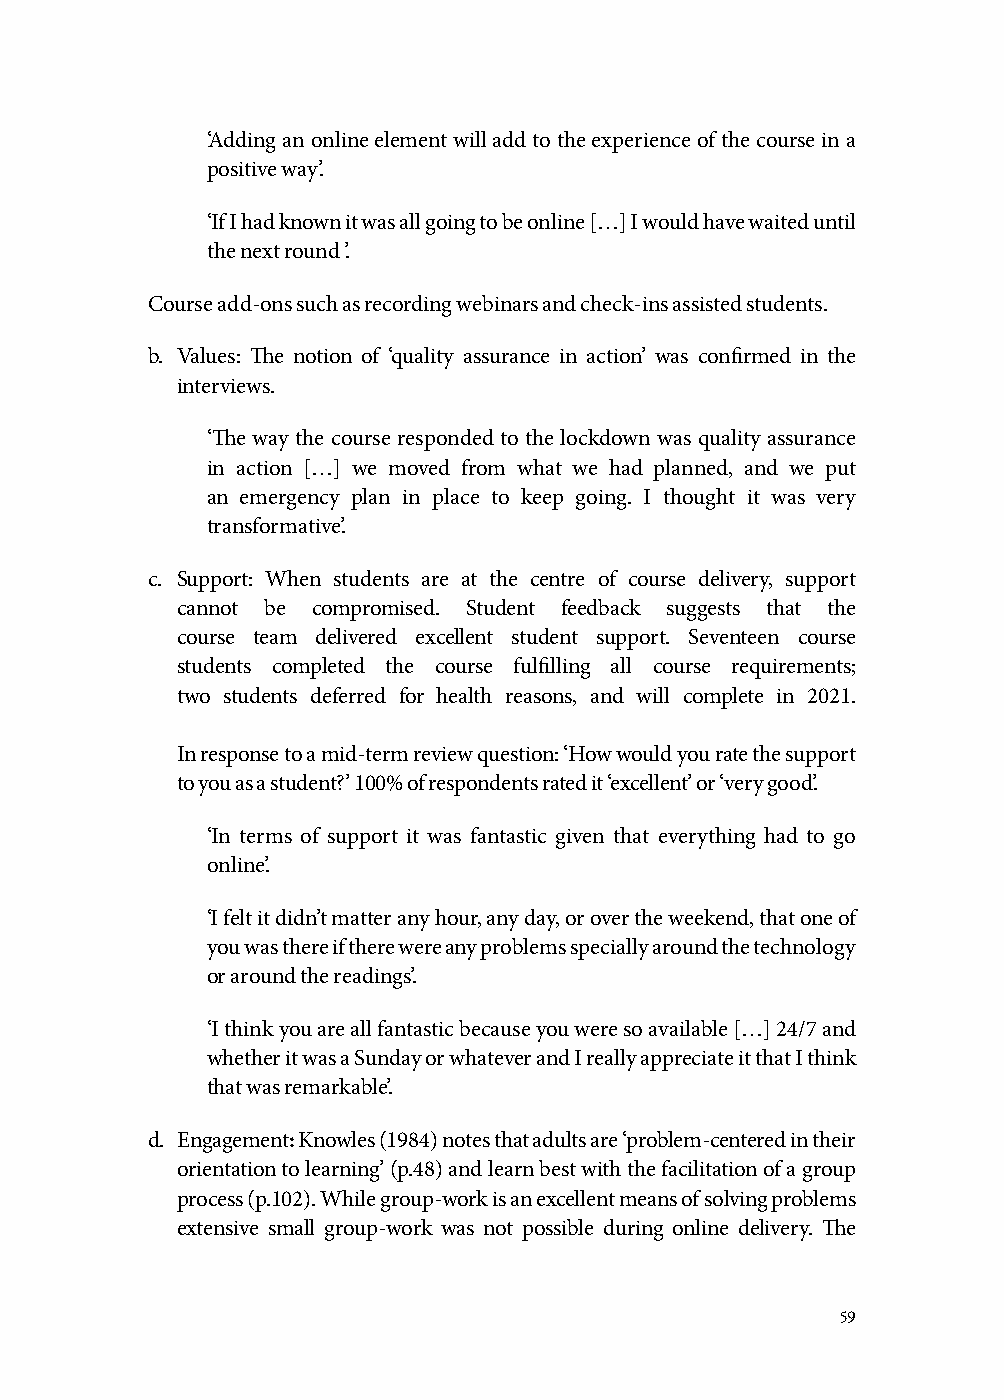
‘Adding an online element will add to the experience of the course in a
 positive way’.
 ‘If I had known it was all going to be online […] I would have waited until
 the next round ’.
 Course add-ons such as recording webinars and check-ins assisted students.
 b. Values: The notion of ‘quality assurance in action’ was confirmed in the
 interviews.
 ‘The way the course responded to the lockdown was quality assurance
 in action […] we moved from what we had planned, and we put
 an emergency plan in place to keep going. I thought it was very
 transformative’.
 c. Support: When students are at the centre of course delivery, support
 cannot be compromised. Student feedback suggests that the
 course team delivered excellent student support. Seventeen course
 students completed the course fulfilling all course requirements;
 two students deferred for health reasons, and will complete in 2021.
 In response to a mid-term review question: ‘How would you rate the support
 to you as a student?’ 100% of respondents rated it ‘excellent’ or ‘very good’.
 ‘In terms of support it was fantastic given that everything had to go
 online’.
 ‘I felt it didn’t matter any hour, any day, or over the weekend, that one of
 you was there if there were any problems specially around the technology
 or around the readings’.
 ‘I think you are all fantastic because you were so available […] 24/7 and
 whether it was a Sunday or whatever and I really appreciate it that I think
 that was remarkable’.
 d. Engagement: Knowles (1984) notes that adults are ‘problem-centered in their
 orientation to learning’ (p.48) and learn best with the facilitation of a group
 process (p.102). While group-work is an excellent means of solving problems
 extensive small group-work was not possible during online delivery. The
 59